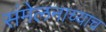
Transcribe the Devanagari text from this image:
संमेलनाच्याच